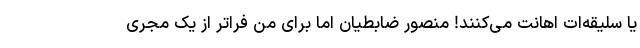
یا سلیقه‌ات اهانت می‌کنند! منصور ضابطیان اما برای من فراتر از یک مجری